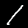
Digit: 1